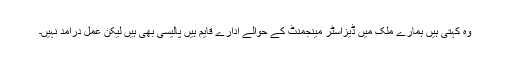
وہ کہتی ہیں ہمارے ملک میں ڈیزاسٹر مینجمنٹ کے حوالے ادارے قایم ہیں پالیسی بھی ہیں لیکن عمل درامد نہیں۔